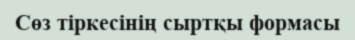
Сөз тіркесінің сыртқы формасы